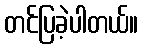
တင်ပြခဲ့ပါတယ်။